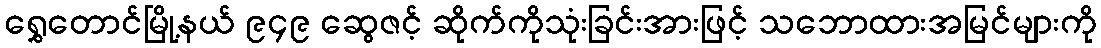
ရွှေတောင်မြို့နယ် ၉၄၉ ဆွေဇင့် ဆိုက်ကိုသုံးခြင်းအားဖြင့် သဘောထားအမြင်များကို